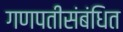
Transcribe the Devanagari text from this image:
गणपतीसंबंधित